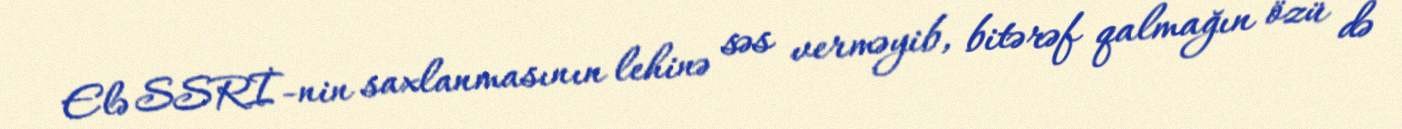
Elə SSRİ-nin saxlanmasının lehinə səs verməyib, bitərəf qalmağın özü də